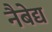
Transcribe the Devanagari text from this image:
नैबेद्य